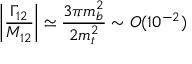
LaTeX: \left| \frac { \Gamma _ { 1 2 } } { M _ { 1 2 } } \right| \simeq \frac { 3 \pi m _ { b } ^ { 2 } } { 2 m _ { t } ^ { 2 } } \sim O ( 1 0 ^ { - 2 } )